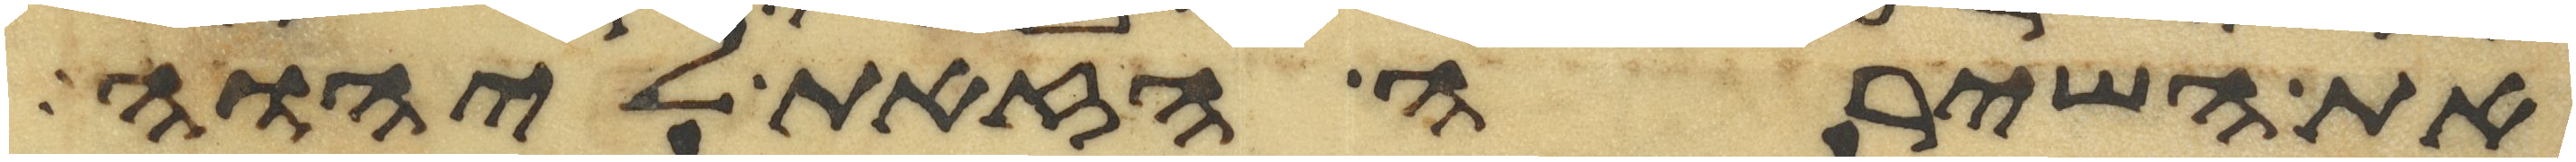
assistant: את השירה הזאת ליהוה